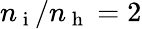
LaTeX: n_{\mathrm{~i~}}/n_{\mathrm{~h~}}=2